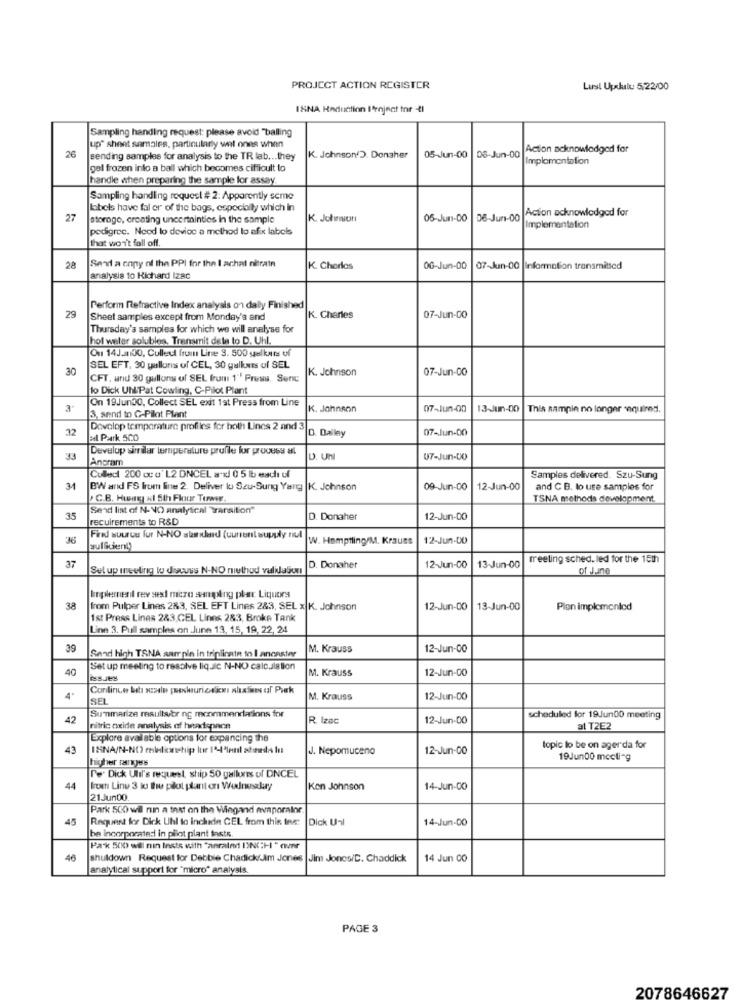
PROJECT ACTION REGISTER
Lust Upskulu 5/22/00
ISNA Reduction Injnat tor -4l
Sampling handing request: please avoid "balling
up" sheet samales, particularly wel ones when
Action acknowledged for
26
sending samples for analysis to the TR lab ... they
K. Johnson(D. Donsher
05-Jun-00
08-Jun-00
Implementation
gel frozen into a ball which becomes ciffioult to
handle when preparing the sample for assay
Sampling handling request # 2: Apparently seme
labels have fal er of the bags, especially which in
Action acknowledged for
27
storogo, creating uncertainties in the sample
K. Johnson
05-Jun-00
06-Jun-00
pedigree. Neod lo device a method lo afx labels
Implementation
hat won't fall off.
Send a copy of the PPI for the I achat nitrate
28
K. Cherlos
0G-Jun-00
07-Jun-00 |Information transmitted
analysis to Richard IzBc
Perform Refractive Index analysis on daily Finished
29
Sheet samples except from Monday's and
K. Charles
07-Jun-00
Thursday's samples for which we will analyse for
hot water solubles. Transmit dele to D. Uhl.
Ou 14J.30, Culled from Line 3. 500 yelkurs of
30
SEL EFT, 30 gallons of CEL, 30 gulkurs of SEL
K. Johnson
07-Jun-00
CFT. and 30 gullons of SEL from 1"' Presu. Senc
to Dick UNPat Cowling, C-Pilot Plant
On 19Jun30, Collect SEL exit 1st Press from Line
K. Johnson
07-Jun-00
13-Jun-00
This sampin no longer required.
3. send to G-Pilot Plant
32
Dovolop temperature profilies for both Lines 2 and 3
D. Dallay
07-Jun-DO
Ed Park SCO
Develop similar temperature profile for process al
33
Ancram
D. Unl
07-Jun-DO
Culled 200 co' L2 ONCEL anx 0 5 lb each uf
Samples delivered. Szu-Sung
34
BW and FS from line 2. Deliver lo Szu-Sung Yang |K. Johnson
09-Jun-00
12-Jun-00
and C B. to use samples for
C.B. Hunnagy &1 5th Floor Terwer.
TSNA methods development.
Send list of N- NO analytical Transition"
35
reculrements to R&D
D. Donaher
12-Jun-00
Fire suurus fur N-NO sliderd (current asupply nul
W. Hamptling/M. Krauss
12-Jun-DO
sullicienl)
meeting scheduled for the 15th
37
Set up ineeting lo discuss N-NO method validation
D. Donaher
12-Jun-00
13-Jun-00
of June
Inplement rev sext micro sampling plar Liquors
38
from Pulper Lines 283, SEL EFT Lines 283, SEL x K. Johnson
12-Jun-00
13-Jun-00
Plon implemented
1st Press Lines 283,CEL Linns 283, Broke Tank
Line 3. Pull samples on June 13, 15, 19, 22, 24
39
M. Krauss
12-Jun-00
Send high TSNA sarrpin in triplicate to I anonster
40
Set up meeting to resolve liq.Jic N-NO calculation
M. Krauss
12-Jun-00
ISEL
M. Krauss
12-Jun-00
Summarize resultsbr ng recommendations for
42
R. Izac
12-Jun-00
scheduled for 19Jun00 meeting
nitric oxide analysis of hextspnon
al T2E2
Explore available options for expancing the
43
ISNA/N-NO relelkwsship lue 144'tenl adidas lı
J. Nepomuceno
12-Jun-00
topic lo be on agerda for
hisher ransyes
19Jun00 mecli-g
Te Dick Ulil's request, ship 50 gallures of DNCEL
44
from Line 3 to the pilot plant or Wdrsalary
Kon Johnson
14-Jun-00
21Jun00.
Park 500 wil run a test on the Wiegand evaporalor
45
Request for Dick Uhl to Inchide CEL from this ins:
Dick Unl
14-Jun-00
be incorporated in pilot plant faste
Pak 500 will min Insts with "anraled DING:HI " over
46
shutdown Request for Debbie Chadick/Jim Jones
Jim Jones/C. Chaddick
14 Jun 00
analytical support for "micro" analysis.
PAGE 3
2078646627